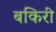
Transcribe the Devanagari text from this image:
बकिरी